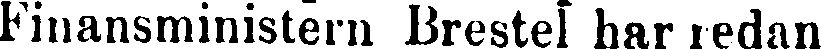
Finansministern Brestel har redan